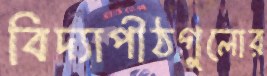
বিদ্যাপীঠগুলোর